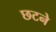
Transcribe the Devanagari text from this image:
छटने